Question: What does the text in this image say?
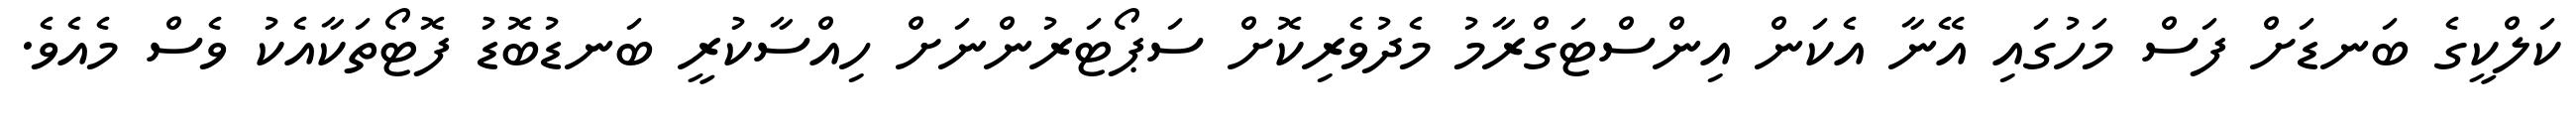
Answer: ކަލްކީގެ ބަނޑަށް ފަސް މަހުގައި އޭނާ އެކަން އިންސްޓަގްރާމު މެދުވެރިކޮށް ސަޕޯޓަރުންނަށް ހިއްސާކުރީ ބަނޑުބޮޑު ފޮޓޯތަކާއެކު ވެސް މެއެވެ.